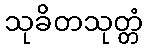
သုခိတသုတ္တံ